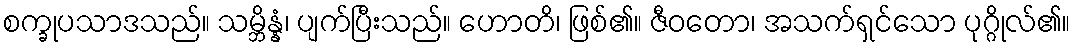
စက္ခုပသာဒသည်။ သမ္ဘိန္နံ၊ ပျက်ပြီးသည်။ ဟောတိ၊ ဖြစ်၏။ ဇီဝတော၊ အသက်ရှင်သော ပုဂ္ဂိုလ်၏။